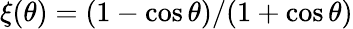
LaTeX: \xi(\theta)=(1-\cos\theta)/(1+\cos\theta)